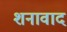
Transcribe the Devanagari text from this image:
शनावाद